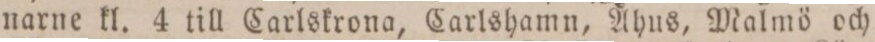
narne kl. 4 till Carlskrona, Carlshamn, Åhus, Malmö och